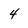
Character: 4